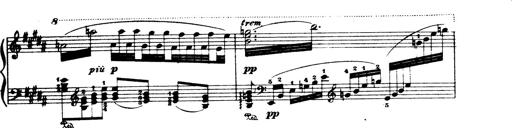
Title: Wagner-Liszt Album
Composer: Franz Liszt